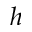
h